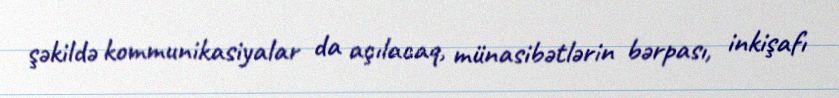
şəkildə kommunikasiyalar da açılacaq, münasibətlərin bərpası, inkişafı